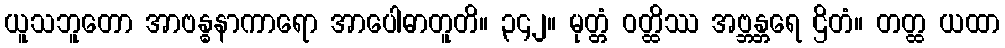
ယူသဘူတော အာဗန္ဓနာကာရော အာပေါဓာတူတိ။ ၃၄၂။ မုတ္တံ ဝတ္ထိဿ အဗ္ဘန္တရေ ဌိတံ။ တတ္ထ ယထာ